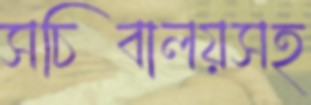
সচিবালয়সহ